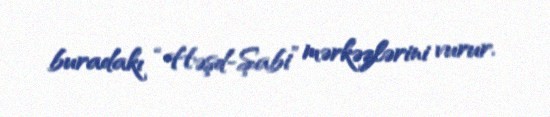
buradakı “Həşd-Şabi” mərkəzlərini vurur.